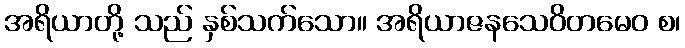
အရိယာတို့ သည် နှစ်သက်သော။ အရိယာဇနသေဝိတမေဝ စ၊